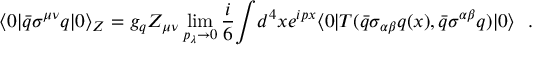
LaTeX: \langle { 0 } { \mid } \bar { q } { \sigma } ^ { \mu \nu } q { \mid } 0 \rangle _ { Z } = g _ { q } Z _ { \mu \nu } \operatorname * { l i m } _ { p _ { \lambda } \to 0 } { \frac { i } { 6 } } { \int } d ^ { 4 } x e ^ { i p x } \langle 0 { \mid } T ( \bar { q } { \sigma } _ { \alpha \beta } q ( x ) , \bar { q } \sigma ^ { \alpha \beta } q ) { \mid } 0 \rangle \ \ .